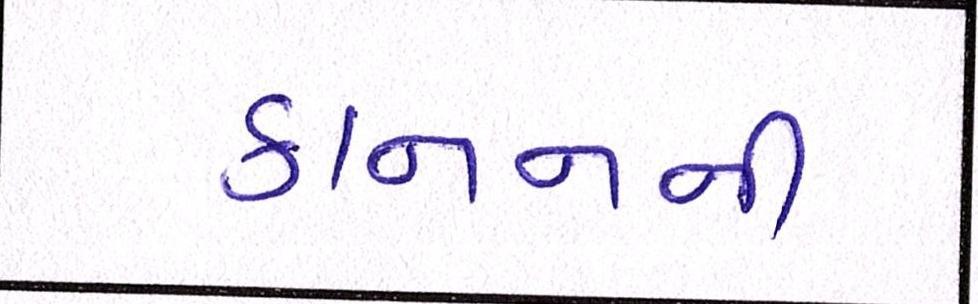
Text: કાનનની